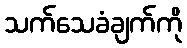
သက်သေခံချက်ကို